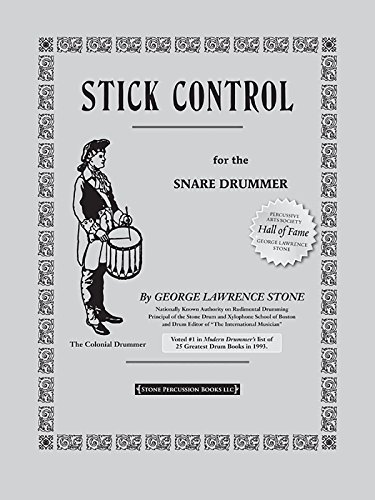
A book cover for Stick Control: For the Snare Drummer; George Lawrence Stone; Arts & Photography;